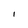
Character: i